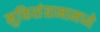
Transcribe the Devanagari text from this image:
मुक्तिसंग्रामामध्ये